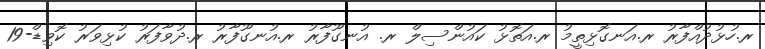
ރ.ހުޅުދުއްފާރު ރ.އަނގޮޅިތީމު ރ.އަތޮޅު ކައުންސިލް ރ. އުނގޫފާރު ރ.އުނގޫފާރު ރ.ދުވާފަރު ކުޅިވަރު ކޮވިޑް-19